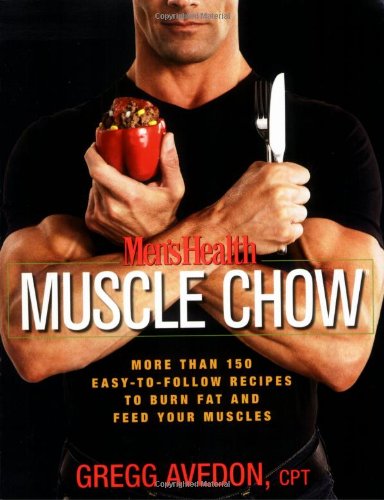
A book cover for Men's Health Muscle Chow: More Than 150 Easy-to-Follow Recipes to Burn Fat and Feed Your Muscles; Gregg Avedon; Health, Fitness & Dieting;